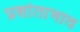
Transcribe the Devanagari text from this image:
प्रशांताभाव